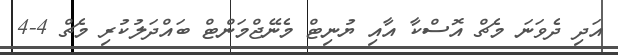
އަދި ދެވަނަ މެޗް އޮސްކާ އާއި ޔުނިޓް މެނޭޖްމަންޓް ބައްދަލުކުރި މެޗް 4-4